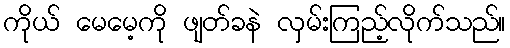
ကိုယ် မေမေ့ကို ဖျတ်ခနဲ လှမ်းကြည့်လိုက်သည်။